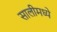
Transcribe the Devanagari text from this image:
सालीमध्ये